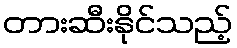
တားဆီးနိုင်သည့်